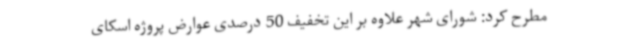
مطرح کرد: شورای شهر علاوه بر این تخفیف 50 درصدی عوارض پروژه اسکای